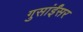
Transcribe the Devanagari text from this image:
गुसांईंसर